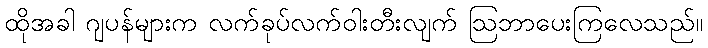
ထိုအခါ ဂျပန်များက လက်ခုပ်လက်ဝါးတီးလျက် ဩဘာပေးကြလေသည်။